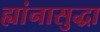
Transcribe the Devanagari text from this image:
ह्यांनासुद्धा